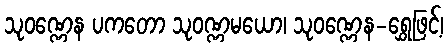
သုဝဏ္ဏေန ပကတော သုဝဏ္ဏမယော၊ သုဝဏ္ဏေန-ရွှေဖြင့်၊